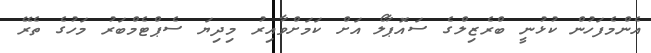
އެންމެފަހުން ކުޅުނީ ބްރެޒިލްގެ ސައޮޕާލޯ އަށް ކަމަށްވާއިރު މިދިޔަ ސެޕްޓެމްބަރު މަހުގެ ތެރޭ